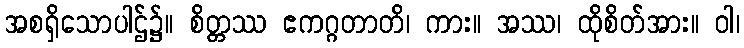
အစရှိသောပါဌ်၌။ စိတ္တဿ ဧကဂ္ဂတာတိ၊ ကား။ အဿ၊ ထိုစိတ်အား။ ဝါ၊